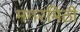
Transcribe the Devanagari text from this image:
मगरमिठी